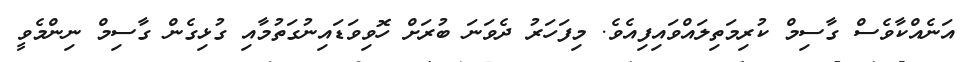
އަނެއްކާވެސް ގާސިމް ކުރިމަތިލައްވައިފިއެވެ. މިފަހަރު ދެވަނަ ބުރަށް ހޮވިވަޑައިނުގަތުމާއި ގުޅިގެން ގާސިމް ނިންމެވީ